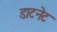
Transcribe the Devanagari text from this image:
डाटनेट